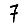
Digit: 7